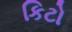
કિટો